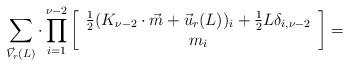
LaTeX: \begin{align*}\sum_{\vec{V}_r(L)}\cdot\prod_{i=1}^{\nu-2}\left[\begin{array}{c}\frac{1}{2}(K_{\nu-2}\cdot\vec{m}+\vec{u}_r(L))_i+\frac{1}{2}L\delta_{i,\nu-2} \\ m_i \end{array}\right]=\end{align*}